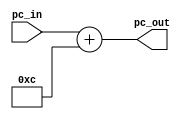
module pc_add8 (input [31:0] pc_in, 
                output [31:0] pc_out);

assign pc_out= pc_in +12;
endmodule